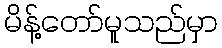
မိန့်တော်မူသည်မှာ